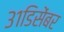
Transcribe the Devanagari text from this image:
३१डिसेंबर